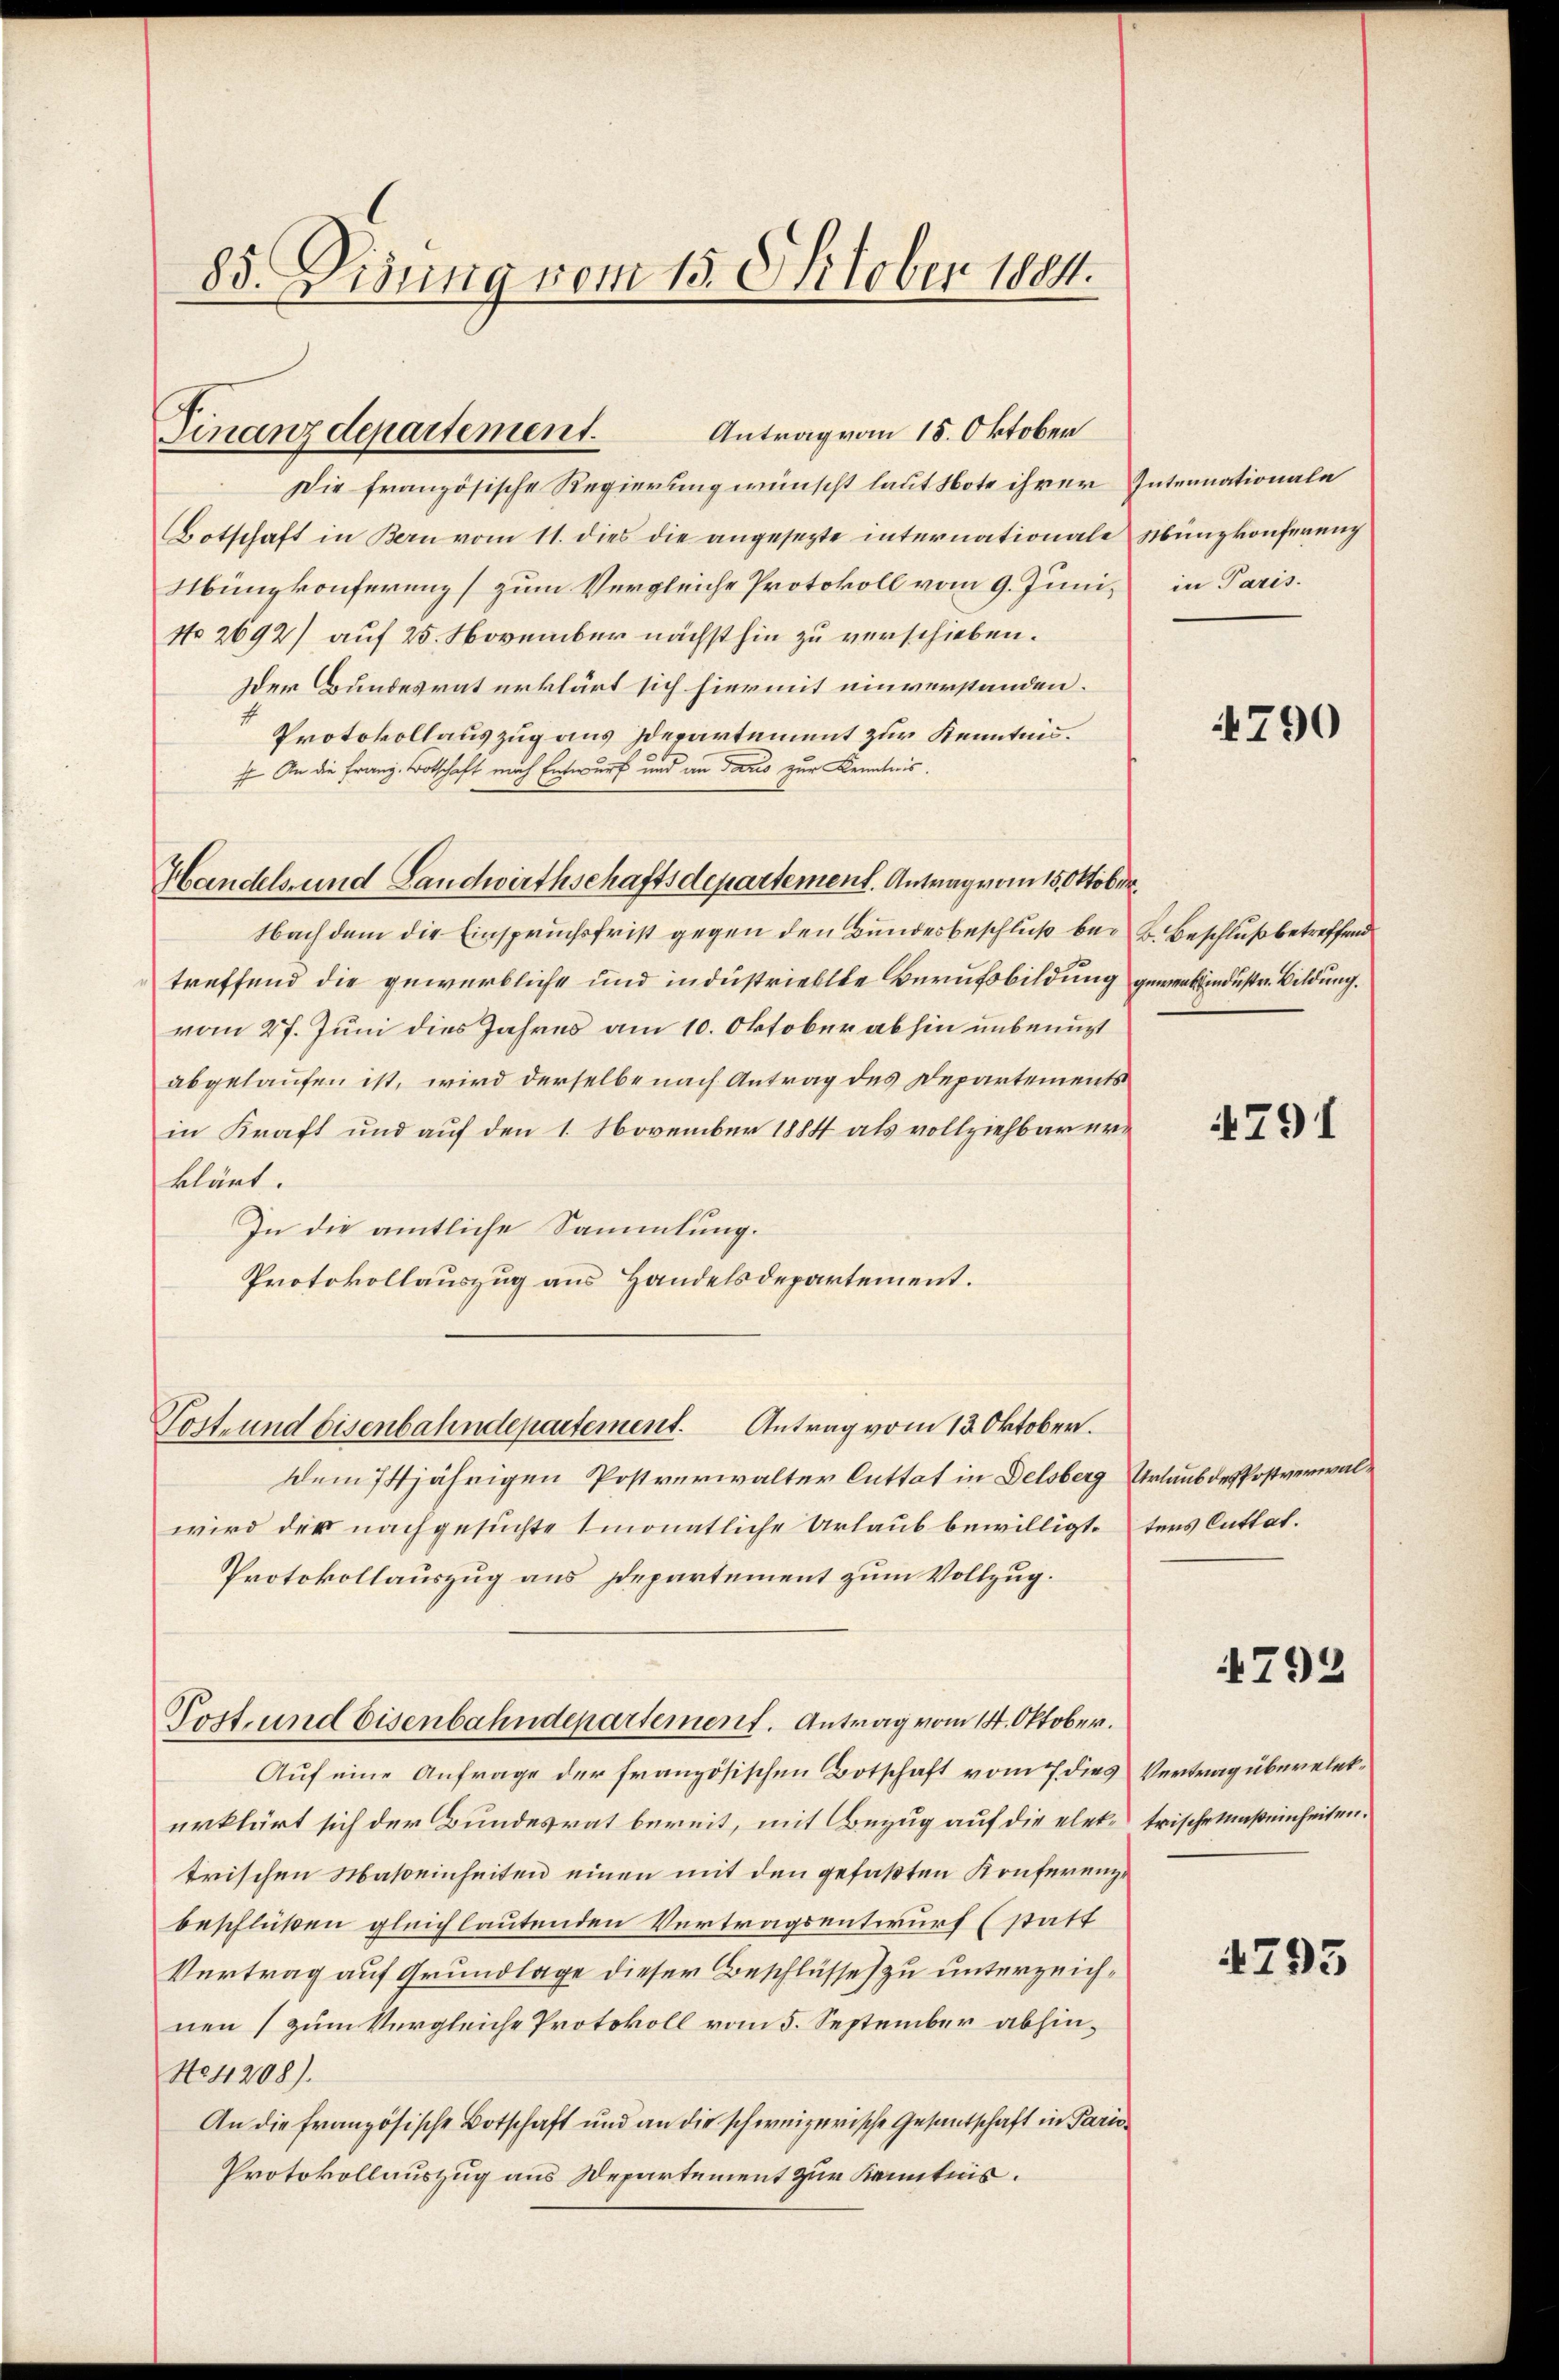
85. Visung vom 15. October 1884.

Antrag vom 15. Oktober
Finanzdepartement.

Die französische Regierung wünscht laut Note ihrer Internationale
Botschaft in Bern vom 11. dies die angesezte internationale Münzkonferenz
Münzkonferenz zum Vergleiche Protokoll vom 9. Juni in Paris.
No 2692) auf 25. November nächsthin zu verschieben.
Der Bundesrat erklärt sich hiermit einverstanden.
Protokollauszug aus Zdepartement zur Kenntnis.
0
 An die Franz-Botschaft nach Entwurf und an das zur Kenntnis.
Handels- und Landwirthschaftsdepartement. Antrag vom 15. Oktober

Nachdem die Einspruchsfrist gegen den Bundesbeschluß bei B. Beschluß betreffend
treffend die gewerbliche und industriellte Berufsbildung gewerbindustr. Bildung.
vom 27. Juni dies Jahres am 10. Oktober abhin unbenuzt
abgelaufen ist, wird derselbe nach Antrag des Departements
in Kraft und auf den 1. November 1884 als vollziehbar erklärt.
In die amtliche Sammlung.
Protokollauszug aus Handelsdepartement.
Postrund Eisenbahndepartement. Antrag vom 13. Oktober.
dem 74jährigen Postverwalter Cuttat in Delsberg Urlaub des Postverwalwird der nachgesuchte monatliche Urlaub bewilligt.ters Cuttat.
Protokollauszug aus Departement zum Vollzug.
Post und Eisenbahndepartement. Antrag vom 14. Oktober.
Auf eine Anfrage der französischen Botschaft vom 7 dies Vertrag über elekerklärt sich der Bundesrat bereit, mit Bezug auf die elete Frische Maßeinheiten.
trischen Maßeinheiten einen mit den gefaßten Konferenzbeschlüßen gleichlautenden Vertragsentwurf (statt
Vertrag auf Grundlage dieser Beschlüsse zu unterzeichnen (zum Vergleiche Protokoll vom 5. September abhin¬
No4208).
An die französische Botschaft und an die schweizerische Gesantschaft in Paris¬
Protokollauszug aus Departement zur Kenntnis.

1790

4791

4792

4793